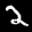
Label: 2